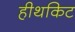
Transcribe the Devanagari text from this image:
हीथकिट